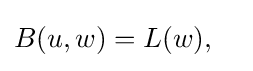
{\begin{aligned}B(u,w)&=L(w),\end{aligned}}